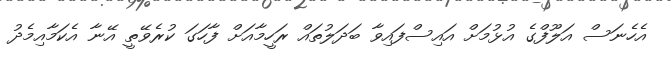
އެހެނަސް އަލޫފްގެ އުޅުމަށް އައިސްފައިވާ ބަދަލުތައް ރަހީމާއަށް ފާހަގަ ކުރެވޭތީ އޭނާ އެކަމާއިމެދު